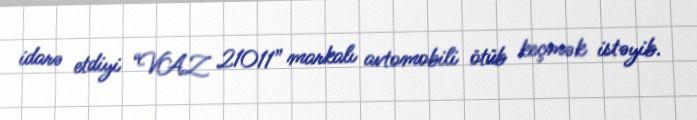
idarə etdiyi “VAZ 21011” markalı avtomobili ötüb keçmək istəyib.